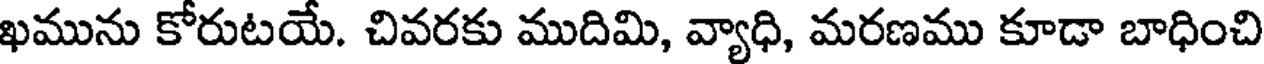
ఖమును కోరుటయే. చివరకు ముదిమి, వ్యాధి, మరణము కూడా బాధించి